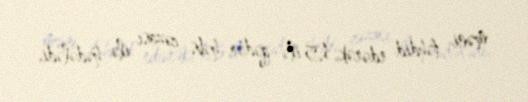
məni təhdid edərək, 15 ilə qədər həbs cəzası ilə hədələdi.